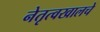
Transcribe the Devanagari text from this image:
नेतृत्वखालचे